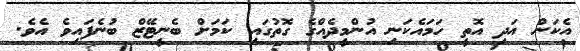
އެކަން އަދި އޮތީ ހަމައެކަނި އުންމީދެއްގެ ގޮތުގައި ކަމަށް ބެނީޓޭޒް ބުނެފައިވެ އެވެ.